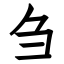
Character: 刍